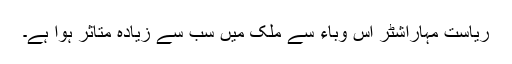
ریاست مہاراشٹر اس وباء سے ملک میں سب سے زیادہ متاثر ہوا ہے۔